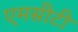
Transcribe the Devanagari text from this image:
एमसीटी